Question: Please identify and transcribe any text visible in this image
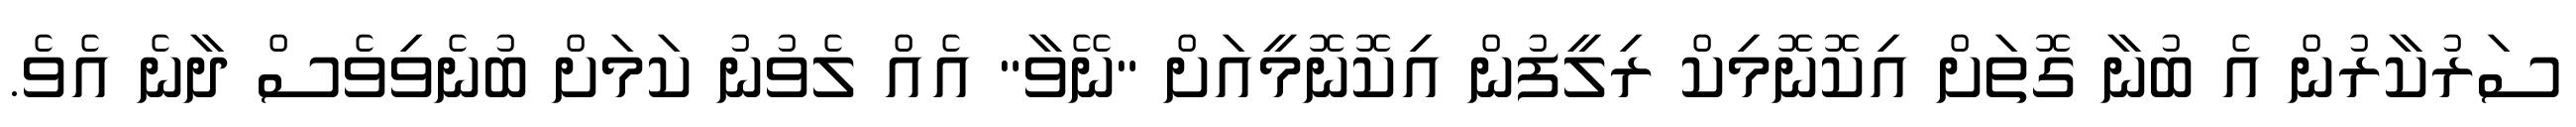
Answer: ސަރުކާރުން އެ ބުނާ ގޮތަށް އިކޮނޮމިކް ރިލީފުން އިކޮނޮމީއަށް "ނޭވާ" އެއް ލެވުނު ކަމަށް ބުނެވިވެސް ދާނެ އެވެ.